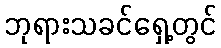
ဘုရားသခင်ရှေ့တွင်